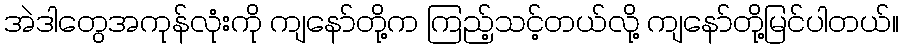
အဲဒါတွေအကုန်လုံးကို ကျနော်တို့က ကြည့်သင့်တယ်လို့ ကျနော်တို့မြင်ပါတယ်။